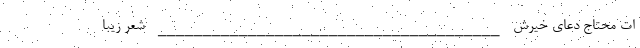
ات محتاج دعاي خيرش ______________________________________ شعر زیبا